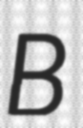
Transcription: B